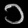
Digit: ၁